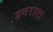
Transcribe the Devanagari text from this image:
उमरारा